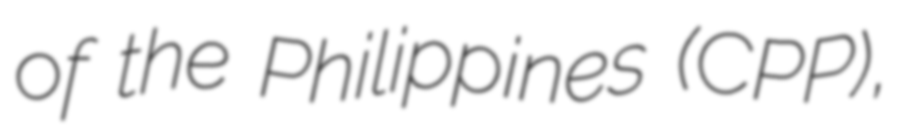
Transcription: of the Philippines (CPP),